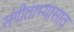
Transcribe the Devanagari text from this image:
संगीताभ्यासात